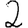
Digit: 2